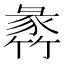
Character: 𥯵